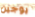
يوجين